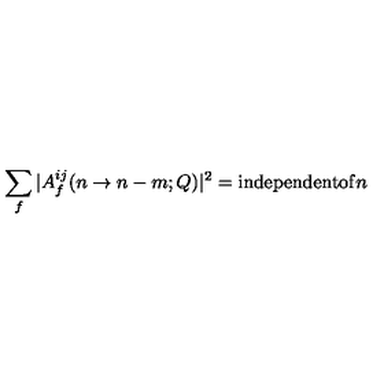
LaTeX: \sum _ { f } | A _ { f } ^ { i j } ( n \to n - m ; Q ) | ^ { 2 } = \mathrm { i n d e p e n d e n t o f } n